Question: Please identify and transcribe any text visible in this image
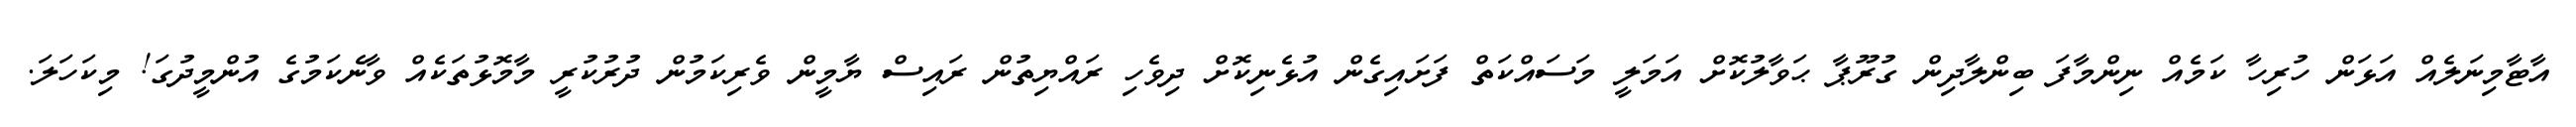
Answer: އާޓާމިނަލެއް އަޅަން ހުރިހާ ކަމެއް ނިންމާފަ ބިންލާދިން ގުރޫޕާ ޙަވާލުކޮށް އަމަލީ މަސައްކަތް ފަށައިގެން އުޅެނިކޮށް ދިވެހި ރައްޔިތުން ރައިސް ޔާމީން ވެރިކަމުން ދުރުކުރީ މާމޮޅުތަކެއް ވާނެކަމުގެ އުންމީދުގަ! މިކަހަލަ.